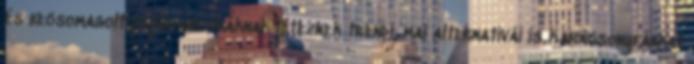
és becsomagolt papírdobozkáknak léteznek trendi, mai alternatívái is Karácsonyfánkat